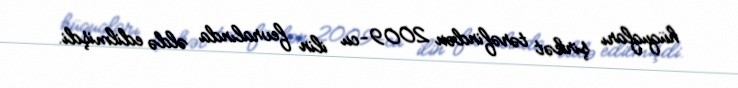
hüquqları şirkət tərəfindən 2009-cu ilin fevralında əldə edilmişdi.